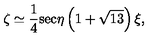
\zeta \simeq \frac { 1 } { 4 } \mathrm { s e c } \eta \left( 1 + \sqrt { 1 3 } \right) \xi ,